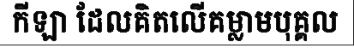
កីឡា ដែលគិតលើគម្លាមបុគ្គល